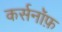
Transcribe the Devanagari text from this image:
कर्सनॉफ़